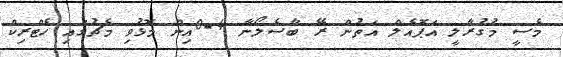
މެސީ މުގުރާލީ އަޕޮއެލް އަތުން ރޭ ބާސެލޯނާ 4-0އިން މޮޅުވި މެޗުގައި ހެޓްރިކް